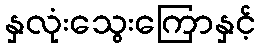
နှလုံးသွေးကြောနှင့်